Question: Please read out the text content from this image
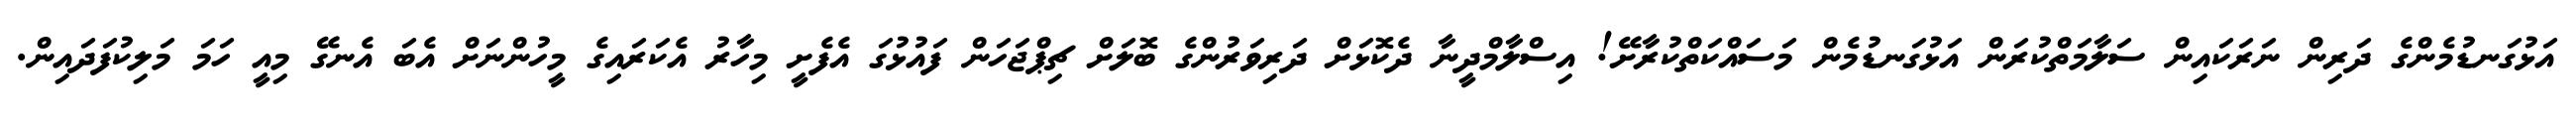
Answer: އަޅުގަނޑުމެންގެ ދަރިން ނަރަކައިން ސަލާމަތްކުރަން އަޅުގަނޑުމެން މަސައްކަތްކުރާށޭ! އިސްލާމްދީނާ ދެކޮޅަށް ދަރިވަރުންގެ ބޮލަށް ޗިޕްޖަހަން ފައުޅުގަ އެފެށީ މިހާރު އެކަރައިގެ މީހުންނަށް އެބަ އެނގޭ މިއީ ހަމަ މަލިކުފަދައިން.